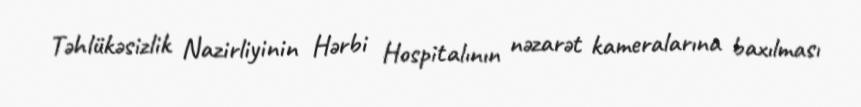
Təhlükəsizlik Nazirliyinin Hərbi Hospitalının nəzarət kameralarına baxılması